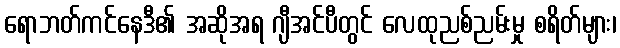
ရောဘတ်ကင်နေဒီ၏ အဆိုအရ ဂျီအင်ပီတွင် လေထုညစ်ညမ်းမှု စရိတ်များ၊